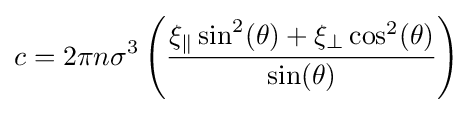
c=2\pi n\sigma ^{3}\left({\frac {\xi _{\parallel }\sin ^{2}(\theta )+\xi _{\perp }\cos ^{2}(\theta )}{\sin(\theta )}}\right)